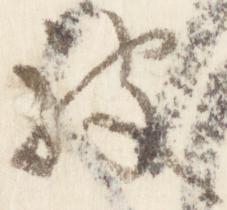
被